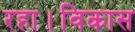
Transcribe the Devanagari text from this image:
रहा।विकास